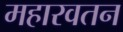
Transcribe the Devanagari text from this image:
महारवतन